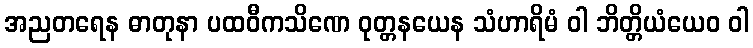
အညတရေန ဓာတုနာ ပထဝီကသိဏေ ဝုတ္တနယေန သံဟာရိမံ ဝါ ဘိတ္တိယံယေဝ ဝါ